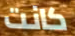
كانت